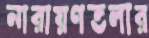
নারায়ণতলার